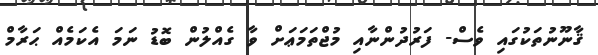
ޤާނޫނުތަކުގައި ވެސް- ފަރުދުންނާއި މުޖްތަމަޢަށް ވާ ގެއްލުން ބޮޑު ނަމަ އެކަމެއް ޙަރާމް